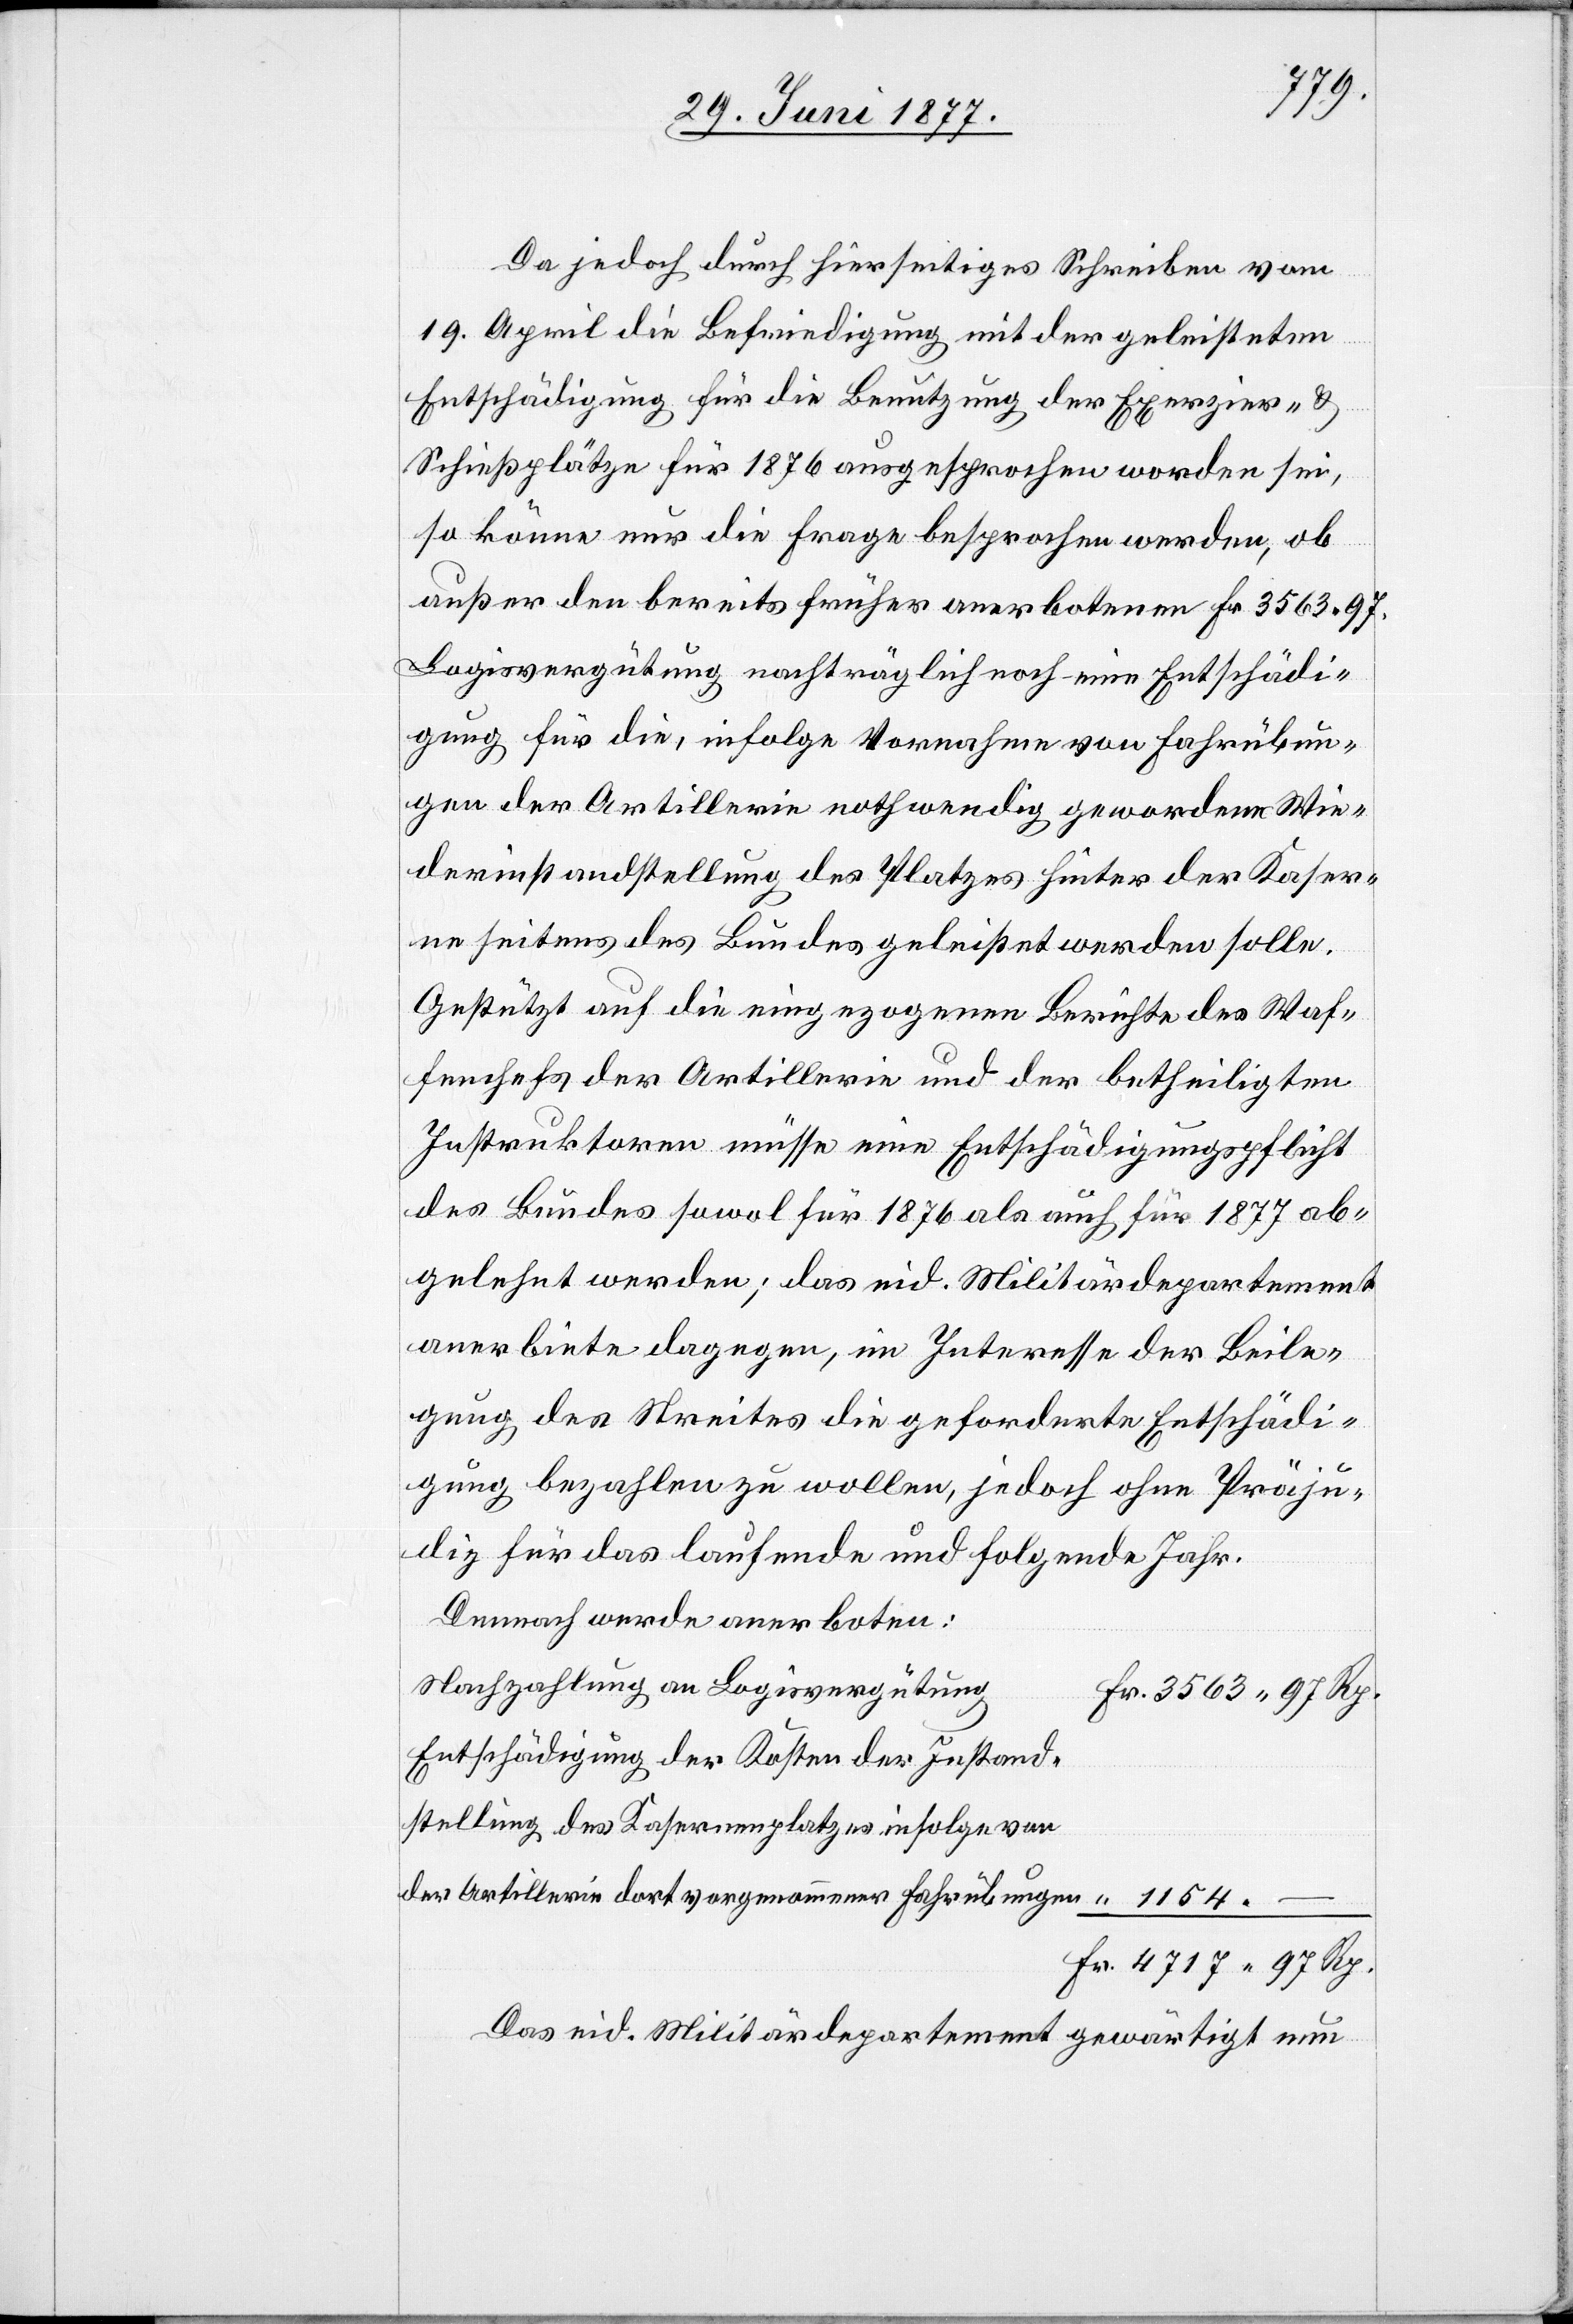
Da jedoch durch hierseitiges Schreiben vom
19. April die Befriedigung mit der geleisteten
Entschädigung für die Benutzung der Exerzier- &
Schießplätze für 1876 ausgesprochen worden sei,
so könne nur die Frage besprochen werden, ob
außer den bereits früher anerbotenen Fr. 3563 97
Logisvergütung nachträglich noch eine Entschädi¬
gung für die, infolge Vornahme von Fahrübun¬
gen der Artillerie nothwendig gewordene Wie¬
derinstandstellung des Platzes hinter der Kaser¬
ne seitens des Bundes geleistet werden solle.
Gestützt auf die eingezogenen Berichte des Waf¬
fenchefs der Artillerie und der betheiligten
Instruktoren müsse eine Entschädigungspflicht
des Bundes sowol für 1876 als auch für 1877 ab¬
gelehnt werden; das eid. Militärdepartement
anerbiete dagegen, im Interesse der Beile¬
gung des Streites die geforderte Entschädi¬
gung bezahlen zu wollen, jedoch ohne Präju¬
diz für das laufende und folgende Jahr.
Demnach werden anerboten:
Nachzahlung an Logisvergütung
Entschädigung der Kosten der Instand¬
stellung des Kasernenplatzes infolge von
der Artillerie dort vorgenommener Fahrübungen
Das eid. Militärdepartement gewärtigt nun